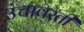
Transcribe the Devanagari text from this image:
उंचावरती